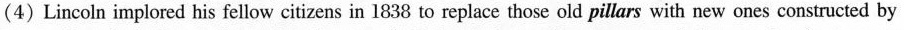
(4)Lincoln implored his fellow citizens in l838 to replace those old pillars with new ones constructed by